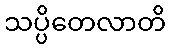
သပ္ပိတေလာတိ